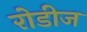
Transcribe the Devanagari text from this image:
रोडीज